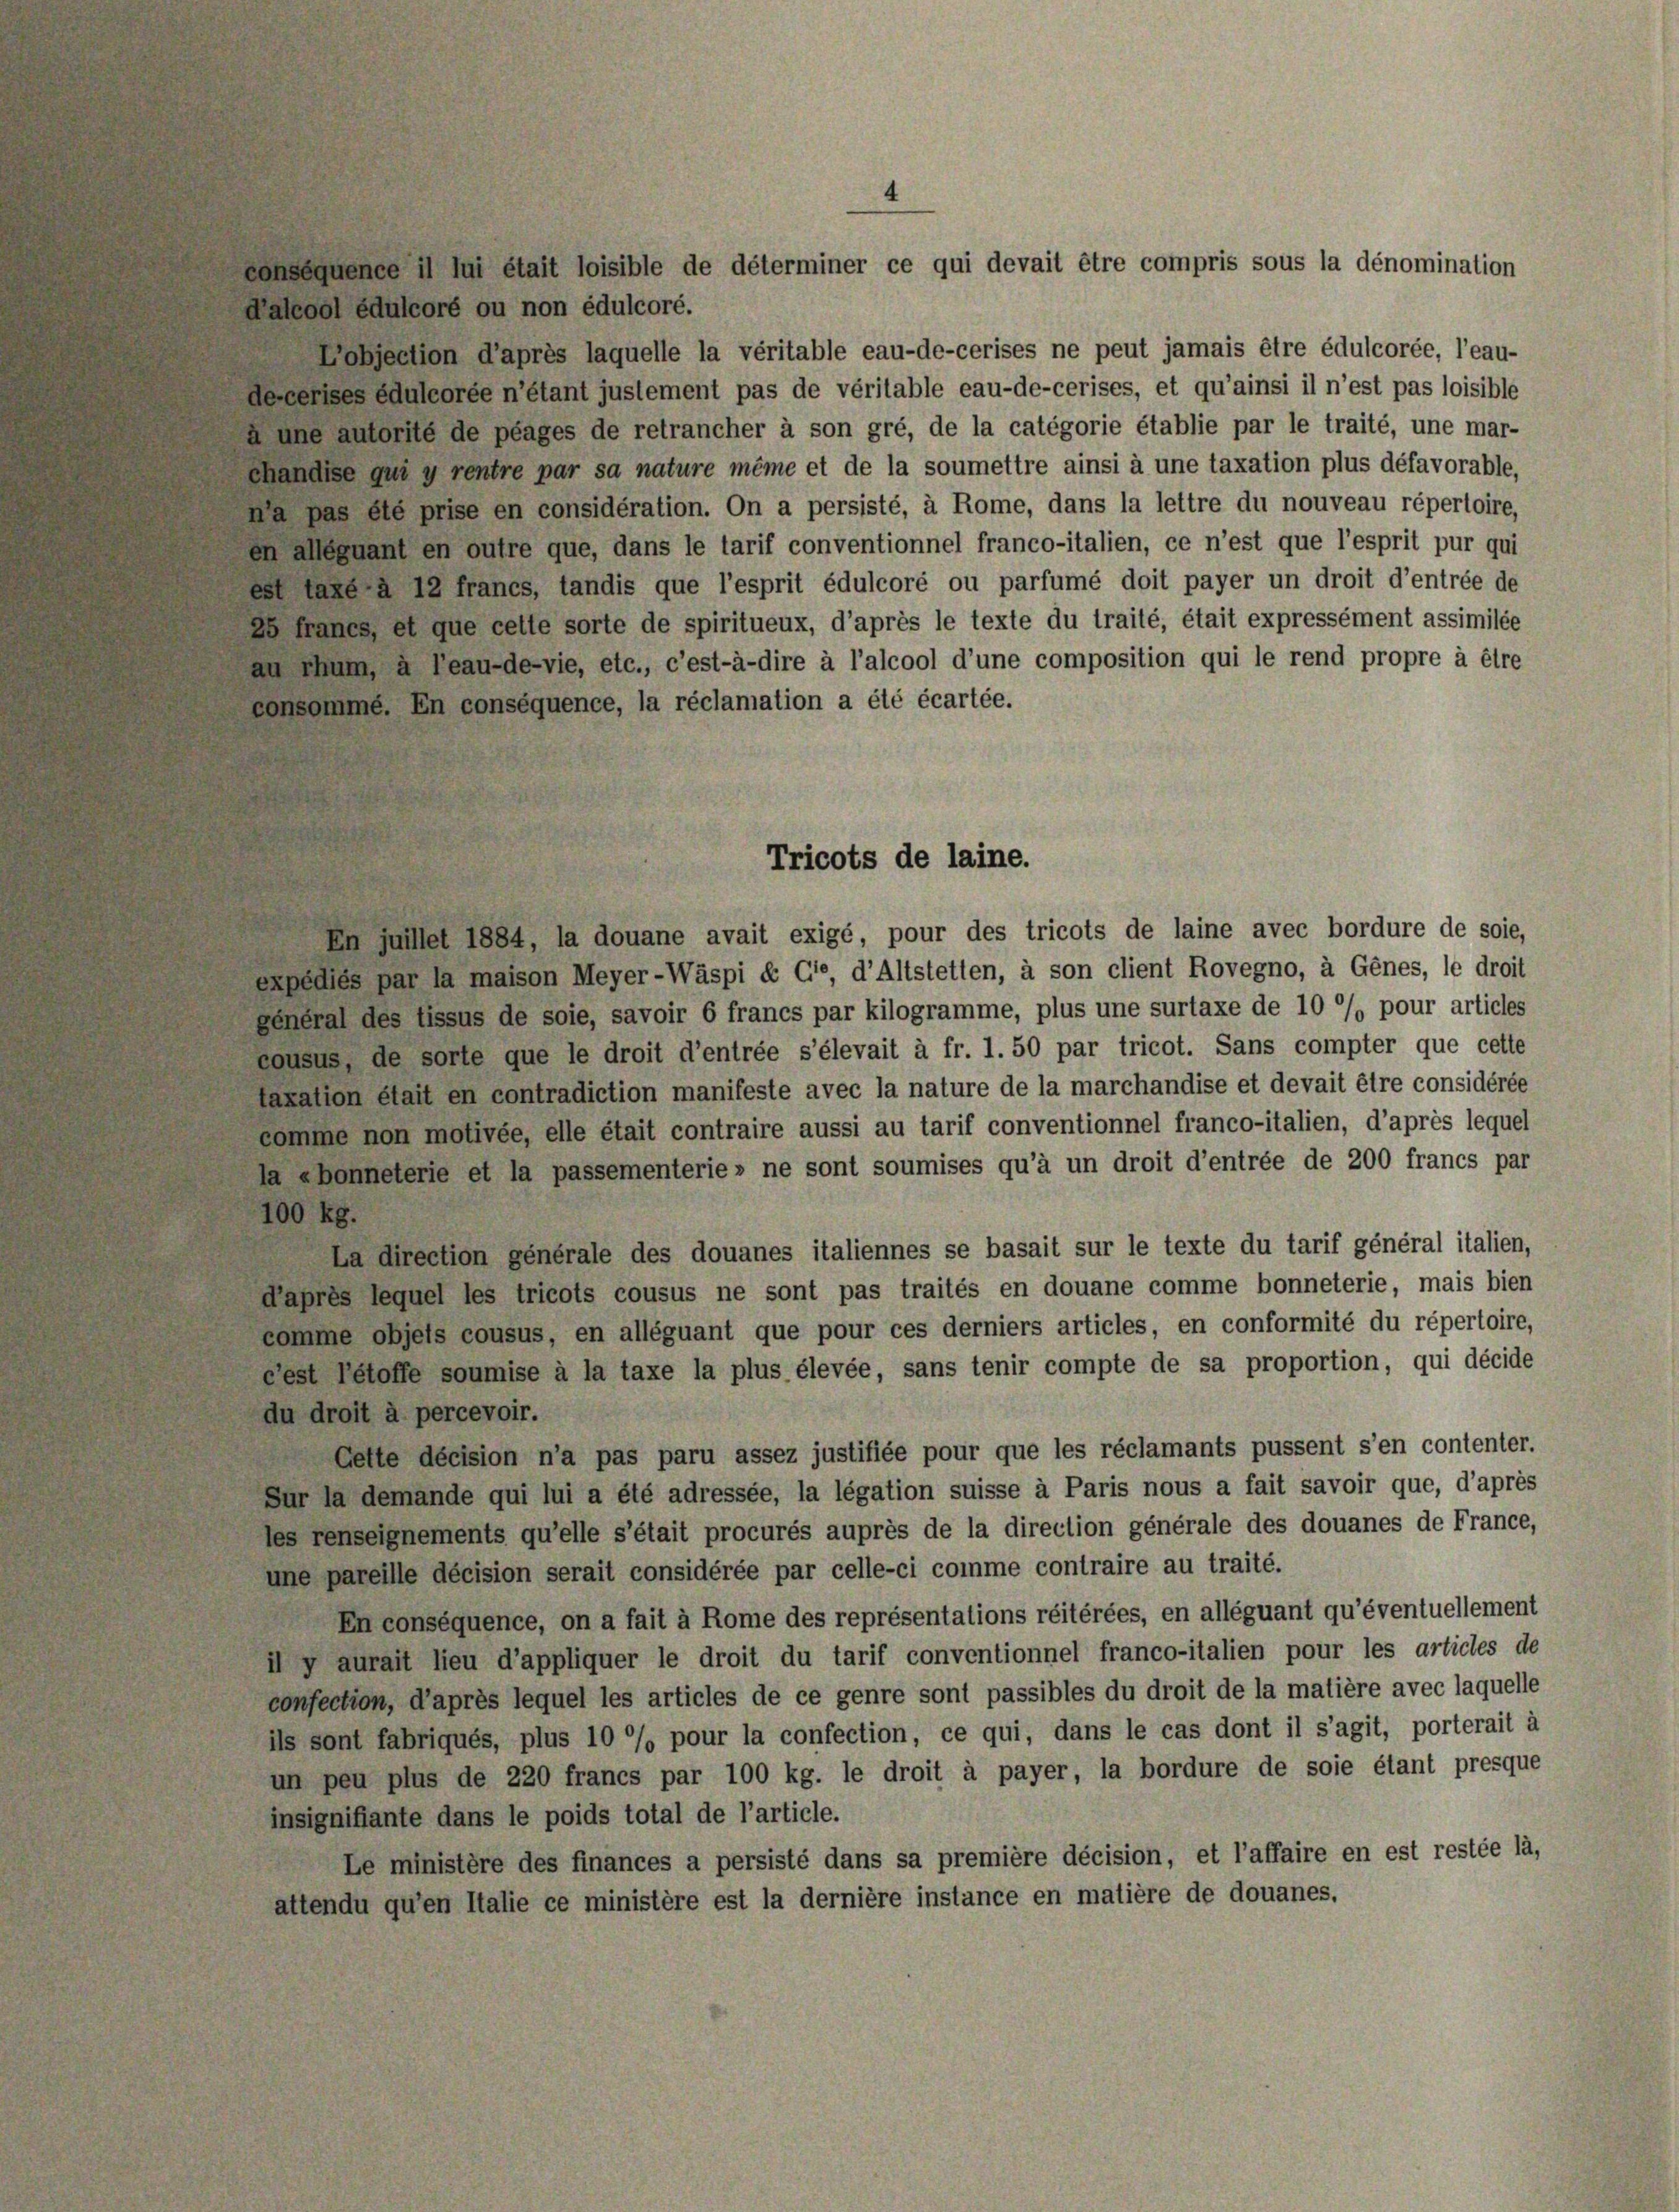
4

Palcool édulcoré ou non édulcoré.
Lobjection d’après laquelle la véritable eau-de-cerises ne peut jamais être édulcorée, l’eau-
lecerises éduleorée n’étant justement pas de véritable eau-de-cerises, et qu’ainsi il n’est pas loisible
une autorité de plages de retrancher à son gré, de la catégorie établie par le traité, une mar-
chändise qui y rentre par sa nature même et de la soumettre ainsi à une taxation plus défavorable,
da pas été prise en considération. On a persisté, à Rome, dans la lettre du nouveau répertoire,
m allequant en outre que, dans le tarif conventionnel franco-italien, ce n’est que l’esprit pur qui
est lage a 12 francs, tandis que l’esprit édulcoré ou parfumé doit payer un droit d’entrée de
Es francs et que cette sorte de spiritueux, d’après le texte du traité, était expressément assimilée
zu thum a Peau-de-vie, etc., c’est-à-dire à l’alcool d’une composition qui le rend propre à être
Consomme. En conséquence, la réclamation a été écartée.

nseguence il lui était loisible de déterminer ce qui devait être compris sous la dénomination

expédiés par la maison Meyer-Wäspi & Cie, d’Altstetten, à son client Rovegno, à Genes, le droit
General des fissus de soie, savoir 6 francs par kilogramme, plus une surtaxe de 10 %% pour articles
cousus, de sorte que le droit d’entrée s’élevait à fr. 1. 50 par tricot. Sans compter que cette
taxation était en contradiction manifeste avec la nature de la marchandise et devait être considérée
comme non motivée, elle était contraire aussi au tarif conventionnel franco-italien, d’après lequel
Da abonneterie et la passementerie » ne sont soumises qu’à un droit d’entrée de 200 francs par
100 kg.
La direction générale des douanes italiennes se basait sur le texte du tarif général italien,
Kaprès lequel les tricots cousus ne sont pas traités en douane comme bonneterie, mais bien
comme objets cousus, en alléguant que pour ces derniers articles, en conformité du répertoire,
Fest retoffe soumise à la taxe la plus élevée, sans tenir compte de sa proportion, qui décide
du droit à percevoir.
Gette décision n’a pas paru assez justifiée pour que les réclamants pussent s’en contenter.
Sur la demande qui lui a été adressée, la légation suisse à Paris nous a fait savoir que, d’après
les renseignements qu’elle s’était procurés auprès de la direction générale des douanes de France,
une pareille décision serait considérée par celle-ci comme contraire au traité.
En conséquence, on a fait à Rome des représentations réitérées, en alléguant qu’éventuellement
il y aurait lieu d’appliquer le droit du tarif conventionnel franco-italien pour les articles de
confection, d’après lequel les articles de ce genre sont passibles du droit de la matière avec laquelle
ils sont fabriqués, plus 10 °/° pour la confection, ce qui, dans le cas dont il s’agit, porterait à
un peu plus de 220 francs par 100 kg. le droit à payer, la bordure de soie étant presque
insignifiante dans le poids total de l’article.
Le ministère des finances a persisté dans sa première décision, et l’affaire en est restée là,
attendu qu’en Italie ce ministère est la dernière instance en matière de douanes.

Tricots de laine.
en Juillet 1884, la douane avait exigé, pour des tricots de laine avec bordure de soie,